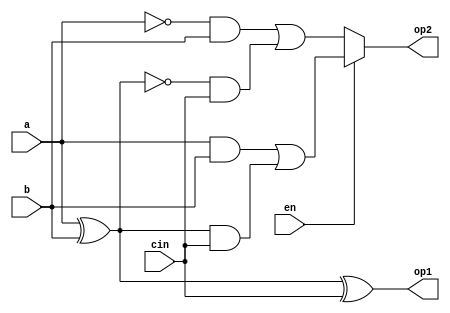
module add_sub_min(
					input a, b, cin, en,
					output op1, op2
					);

// en = 1; Addition;
// en = 0; Subtraction;

// Dataflow Modelling

/*
// Sum 
assign sum	=	a^b^cin;
assign carry	=	(a&b) | ((a^b)&cin);

// Difference
assign diff	=	a^b^cin;
assign burrow	=	(~a & b) | (~(a^b) & cin);		
*/

wire l;
assign l = (a^b);

// Minimized Expressions
assign op1 = (a^b^cin); 				// O/P is same irrespective of Sum/Difference

assign op2 = en?	((a&b) | (l&cin))	:	((~a&b)	|	(~l & cin));			
		//	en = 1; carry o/p
		//	en = 0; burrow o/p


endmodule